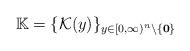
LaTeX: \begin{align*}\mathbb{K}=\{\mathcal{K}(y)\}_{y\in [0,\infty)^n\backslash \{\mathbf{ 0}\}}\end{align*}